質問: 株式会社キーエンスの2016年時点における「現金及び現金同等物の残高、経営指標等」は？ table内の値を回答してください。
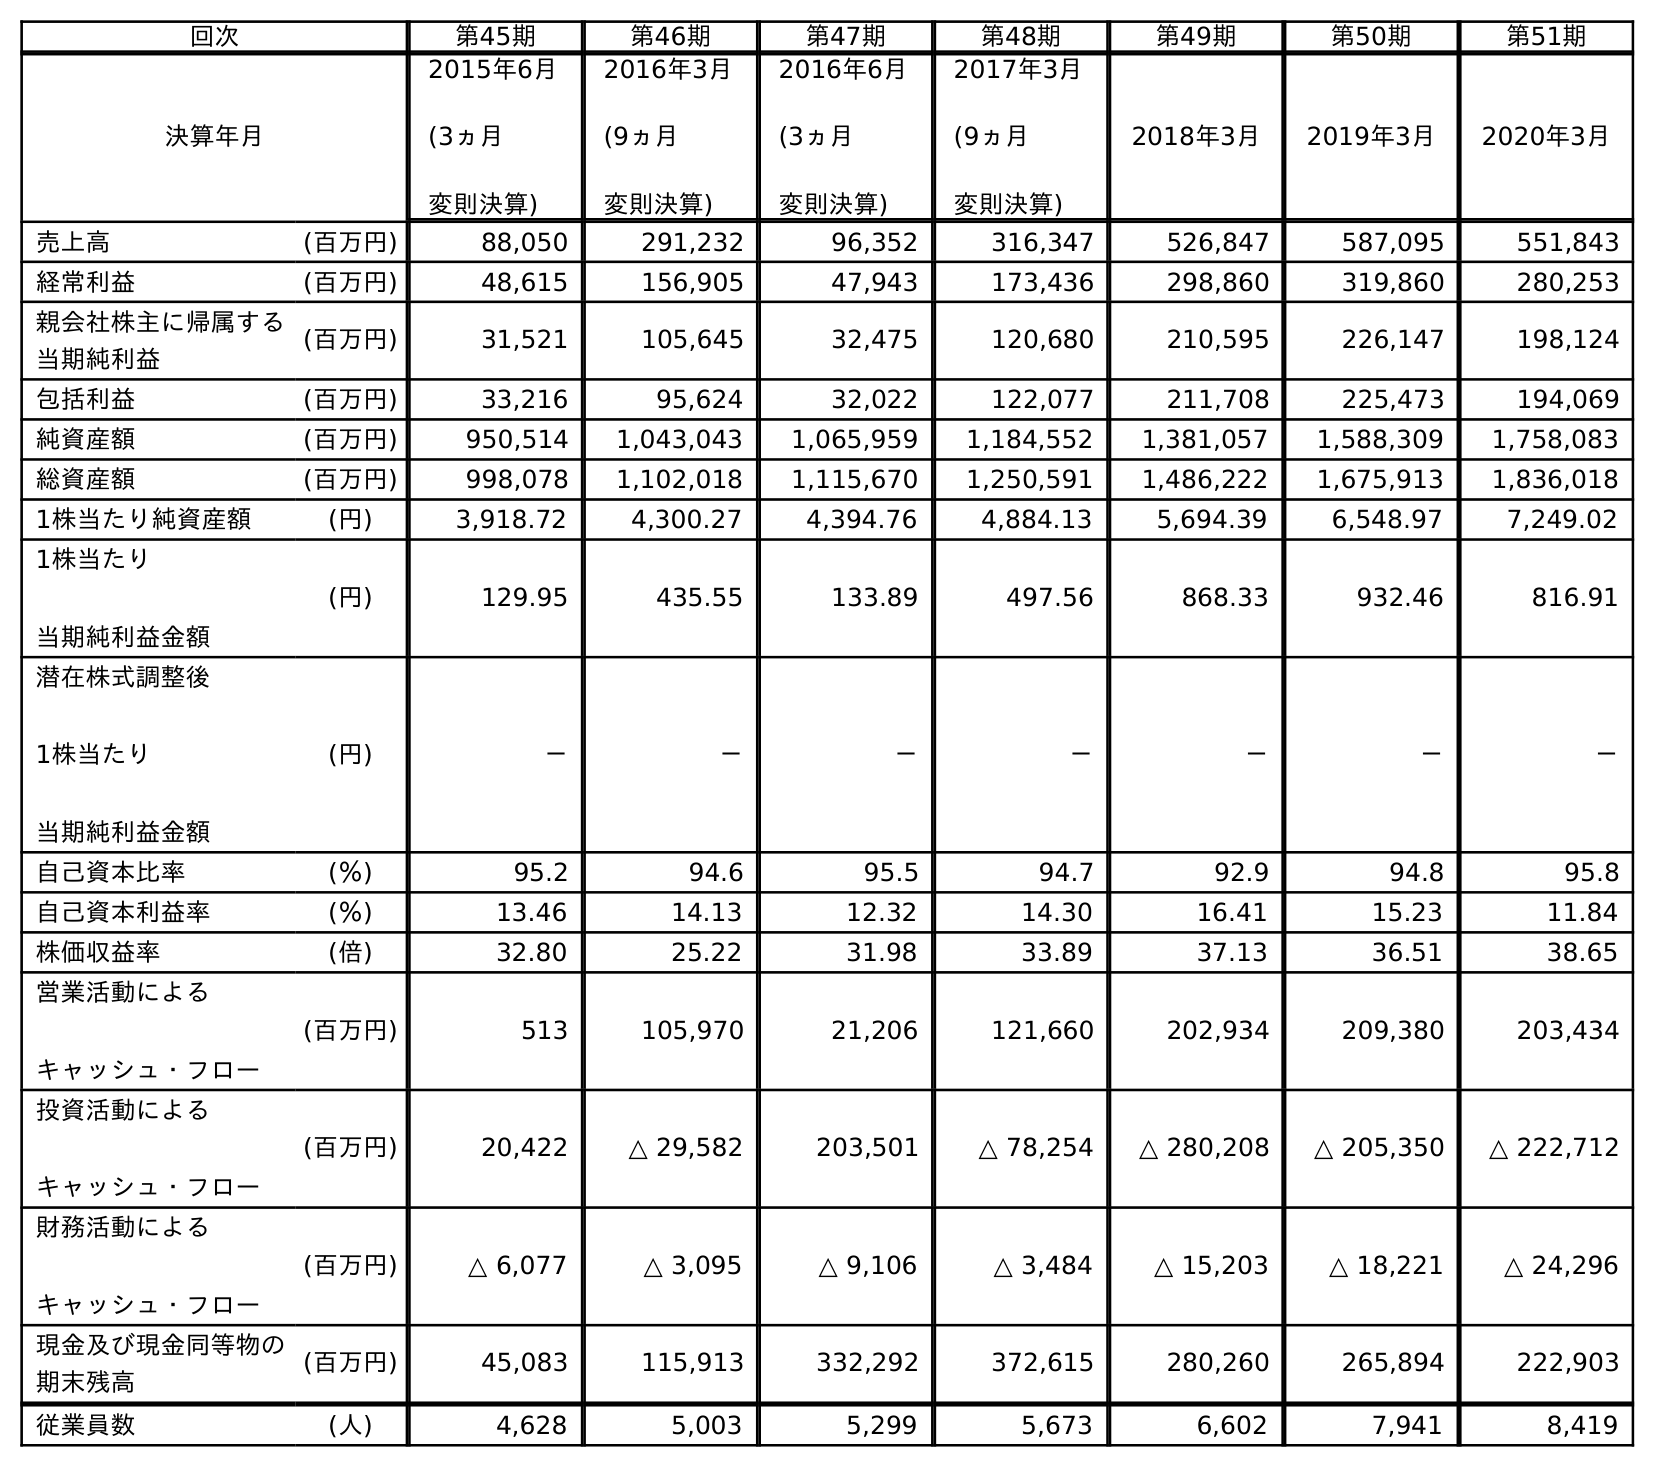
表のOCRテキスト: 回次 第45期 第46期 第47期 第48期 第49期 第50期 第51期 決算年月 2015年6月 (3ヵ月 変則決算) 2016年3月 (9ヵ月 変則決算) 2016年6月 (3ヵ月 変則決算) 2017年3月 (9ヵ月 変則決算) 2018年3月 2019年3月 2020年3月 売上高 (百万円) 88,050 291,232 96,352 316,347 526,847 587,095 551,843 経常利益 (百万円) 48,615 156,905 47,943 173,436 298,860 319,860 280,253 親会社株主に帰属する 当期純利益 (百万円) 31,521 105,645 32,475 120,680 210,595 226,147 198,124 包括利益 (百万円) 33,216 95,624 32,022 122,077 211,708 225,473 194,069 純資産額 (百万円) 950,514 1,043,043 1,065,959 1,184,552 1,381,057 1,588,309 1,758,083 総資産額 (百万円) 998,078 1,102,018 1,115,670 1,250,591 1,486,222 1,675,913 1,836,018 1株当たり純資産額 (円) 3,918.72 4,300.27 4,394.76 4,884.13 5,694.39 6,548.97 7,249.02 1株当たり 当期純利益金額 (円) 129.95 435.55 133.89 497.56 868.33 932.46 816.91 潜在株式調整後 1株当たり 当期純利益金額 (円) － － － － － － － 自己資本比率 (％) 95.2 94.6 95.5 94.7 92.9 94.8 95.8 自己資本利益率 (％) 13.46 14.13 12.32 14.30 16.41 15.23 11.84 株価収益率 (倍) 32.80 25.22 31.98 33.89 37.13 36.51 38.65 営業活動による キャッシュ・フロー (百万円) 513 105,970 21,206 121,660 202,934 209,380 203,434 投資活動による キャッシュ・フロー (百万円) 20,422 △ 29,582 203,501 △ 78,254 △ 280,208 △ 205,350 △ 222,712 財務活動による キャッシュ・フロー (百万円) △ 6,077 △ 3,095 △ 9,106 △ 3,484 △ 15,203 △ 18,221 △ 24,296 現金及び現金同等物の 期末残高 (百万円) 45,083 115,913 332,292 372,615 280,260 265,894 222,903 従業員数 (人) 4,628 5,003 5,299 5,673 6,602 7,941 8,419
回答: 332,292